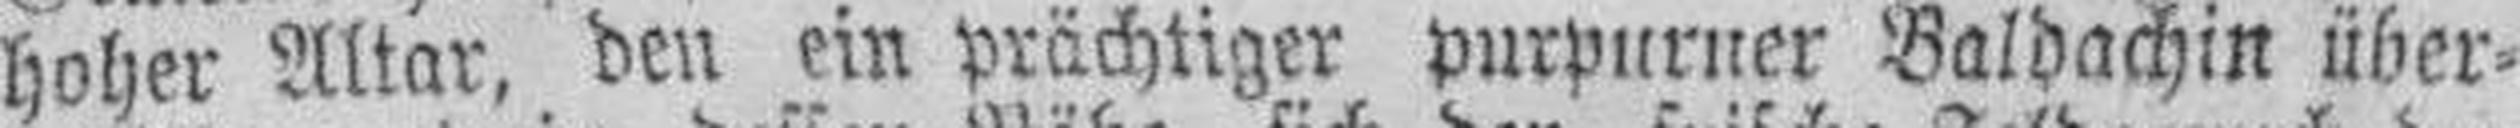
hoher Altar, den ein prächtiger purpurner Baldachin über¬